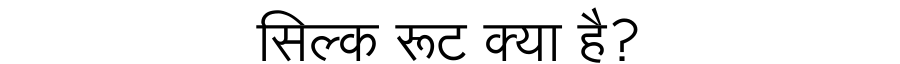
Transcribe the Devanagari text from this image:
सिल्क रूट क्या है?